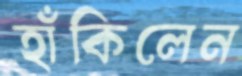
হাঁকিলেন